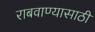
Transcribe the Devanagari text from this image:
राबवाण्यासाठी